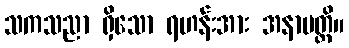
သကသညာ ရှိသော ရဟန်းအား အနာပတ္တိ။